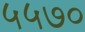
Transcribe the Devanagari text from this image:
५५७०